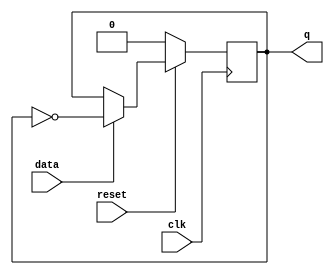
 
module tff_sync_reset (
			data  , // Data Input
			clk   , // Clock Input
			reset , // Reset input
			q       // Q output
			);
	input data, clk, reset ; 
	output q;
	reg q;
	always @ ( posedge clk)
		if (~reset) begin
  			q <= 1'b0;
			end else if (data) begin
  		q <= !q;
	end
endmodule  

module tff_sync_reset_tb;
	reg data, clk, reset ; 
	wire q;
tff_sync_reset tffr (.data(data), .clk(clk), .reset(reset)  ,.q(q));
	initial
	begin
 	clk=0;
 	data = 0;
 	reset = 1;
	#5 reset = 0;
	#30 reset = 1;
 	$monitor($time, "\tclk=%b\t ,reset=%b\t, data=%b\t,  q=%b",clk,reset,data,q);
 	#100 $finish;
	end
 	always #5  clk = ~clk;
 	always #30 data = ~data;
 endmodule